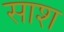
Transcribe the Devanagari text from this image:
साश